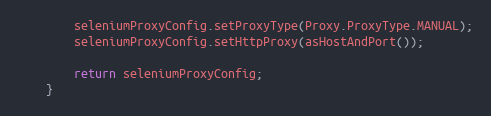
Language: Java
        seleniumProxyConfig.setProxyType(Proxy.ProxyType.MANUAL);
        seleniumProxyConfig.setHttpProxy(asHostAndPort());

        return seleniumProxyConfig;
    }